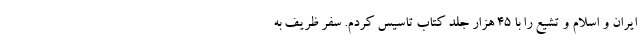
ایران و اسلام و تشیع را با ۴۵ هزار جلد کتاب تاسیس کردم. سفر ظریف به